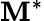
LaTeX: \mathbf{M}^{*}